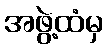
အဖွဲ့ထံမှ